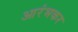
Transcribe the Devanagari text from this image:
आरंभकर